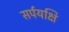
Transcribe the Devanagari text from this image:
सर्पयक्षि